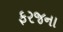
ફરજના